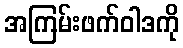
အကြမ်းဖက်ဝါဒကို